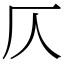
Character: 仄